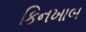
કિનખાબ